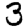
Digit: 3